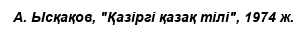
А. Ысқақов, "Қазіргі қазақ тілі", 1974 ж.